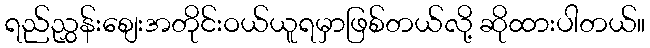
ရည်ညွှန်းစျေးအတိုင်းဝယ်ယူရမှာဖြစ်တယ်လို့ ဆိုထားပါတယ်။